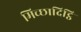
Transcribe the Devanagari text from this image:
मिच्छादिट्ठि